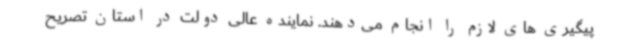
پیگیری های لازم را انجام می‌دهند. نماینده عالی دولت در استان تصریح